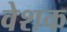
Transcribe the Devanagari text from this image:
वेशक